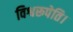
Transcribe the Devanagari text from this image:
विश्वरूपेति।